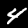
Digit: 4